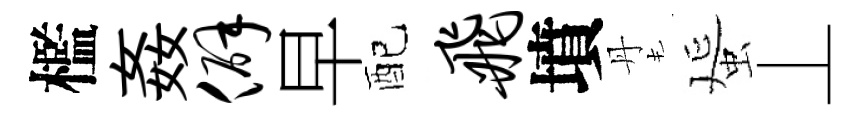
檻姦僻早配飞墳丹蜑丄